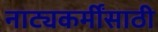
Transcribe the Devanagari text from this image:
नाट्यकर्मींसाठी